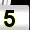
Digit: 5